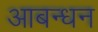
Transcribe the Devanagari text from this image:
आबन्धन